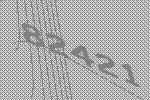
82421